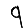
Digit: 9